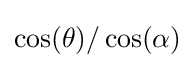
\cos(\theta )/\cos(\alpha )